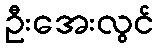
ဦးအေးလွင်